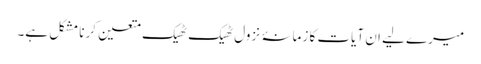
میرے لیے ان آیات کا زمانۂ نزول ٹھیک ٹھیک متعین کرنا مشکل ہے۔